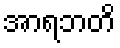
အာရဘတိ